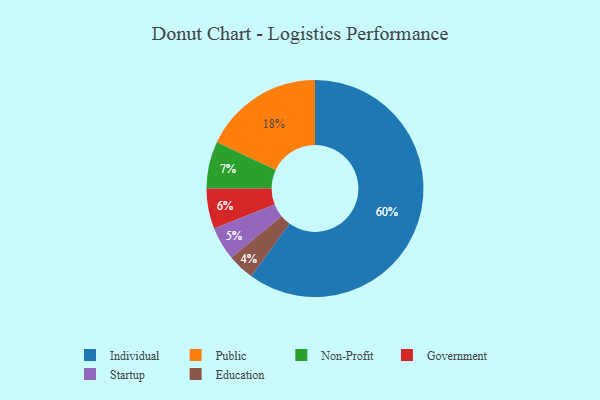
{"axis": {"x": "Category", "y": "Percentage"}, "legend": ["Education", "Government", "Individual", "Non-Profit", "Public", "Startup"], "data": [{"x": "Individual", "y": 60, "type": "Individual"}, {"x": "Non-Profit", "y": 7, "type": "Non-Profit"}, {"x": "Public", "y": 18, "type": "Public"}, {"x": "Startup", "y": 5, "type": "Startup"}, {"x": "Government", "y": 6, "type": "Government"}, {"x": "Education", "y": 4, "type": "Education"}]}